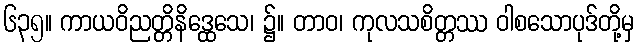
၆၃၅။ ကာယဝိညတ္တိနိဒ္ထေသေ၊ ၌။ တာဝ၊ ကုလသစိတ္တဿ ဝါစသောပုဒ်တို့မှ